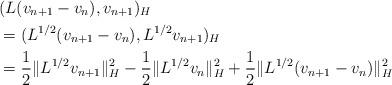
LaTeX: \begin{align*}&(L(v_{n+1}-v_{n}), v_{n+1})_{H} \\ &= (L^{1/2}(v_{n+1}-v_{n}), L^{1/2}v_{n+1})_{H} \\ &=\frac{1}{2}\|L^{1/2}v_{n+1}\|_{H}^2 - \frac{1}{2}\|L^{1/2}v_{n}\|_{H}^2 + \frac{1}{2}\|L^{1/2}(v_{n+1}-v_{n})\|_{H}^2 \end{align*}